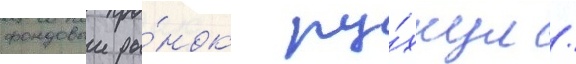
фондовыи ры́нок ру́хнул /